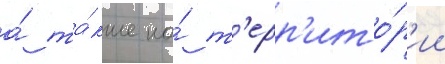
а́ та́кже на́ т'ерр'ито́р'ии